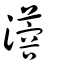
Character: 𤁇